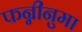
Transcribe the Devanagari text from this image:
फन्नीनुमा